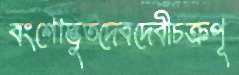
বংশোদ্ভুতদেবদেবীচক্রপূ